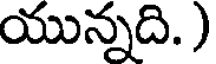
యున్నది.)